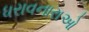
ધરાવનારાઓ